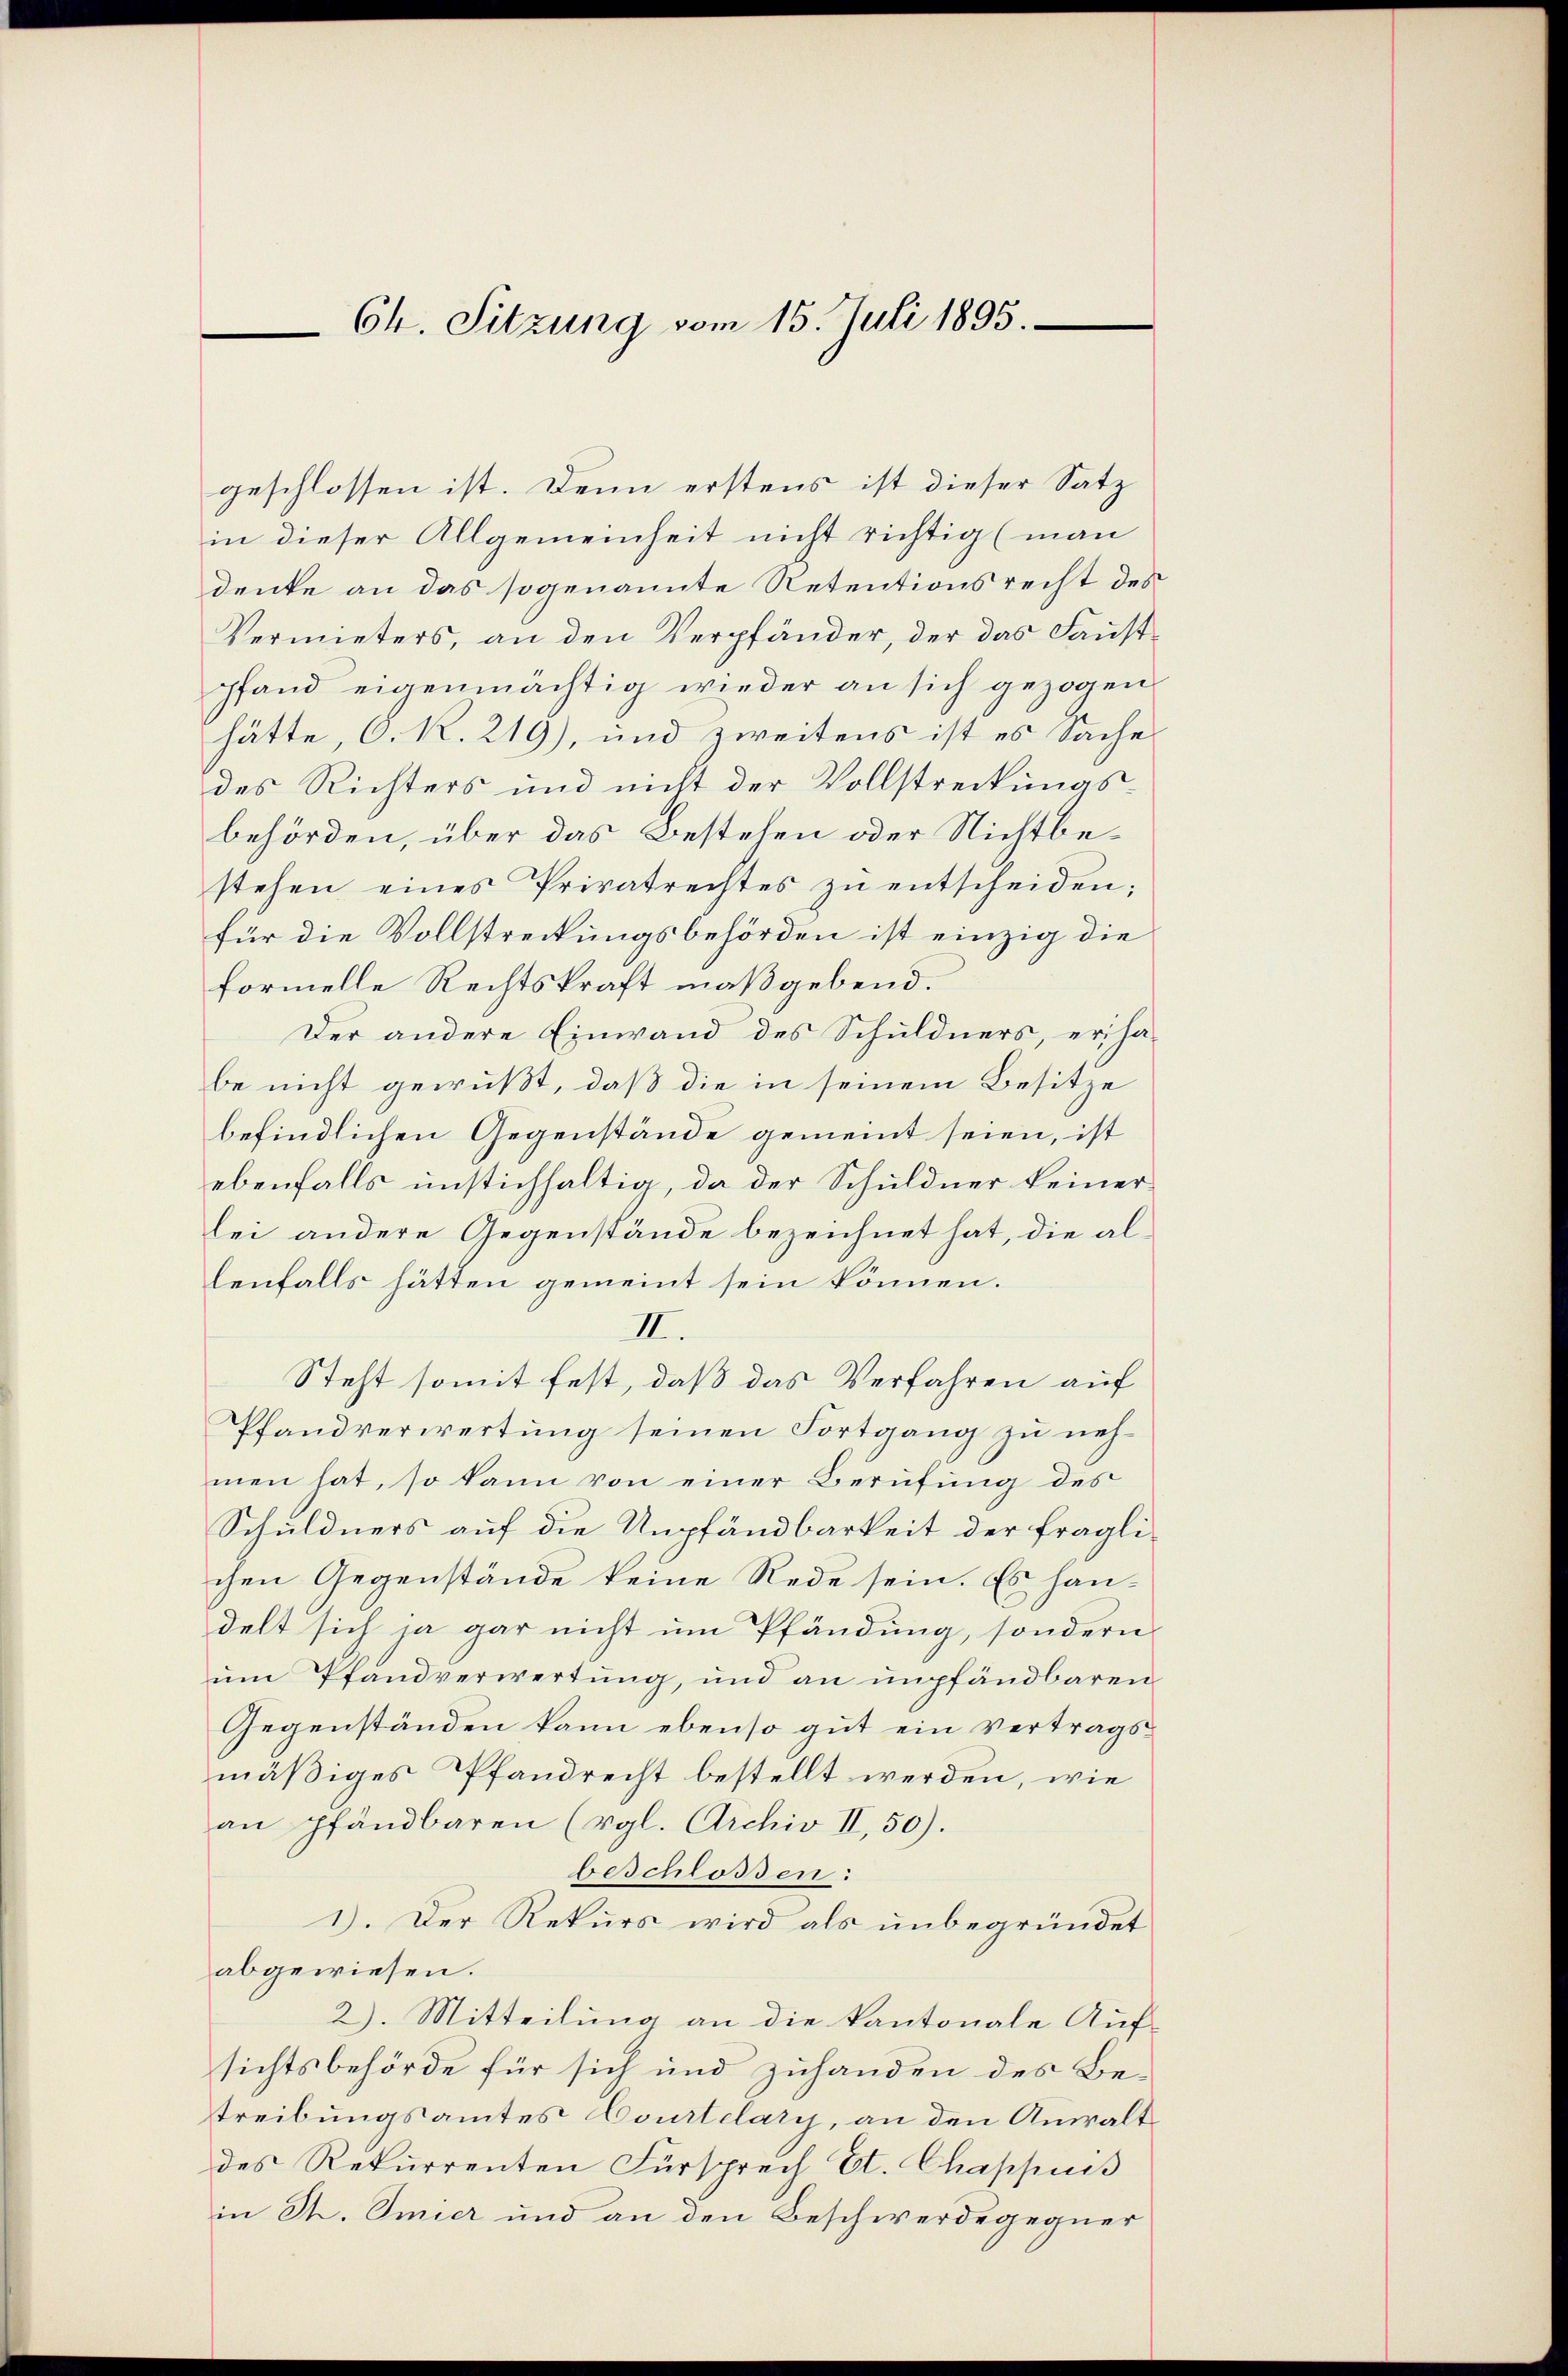
Ch. Sitzung vom 15. Juli 1895.

geschlossen ist. Denn erstens ist dieser Satz
in dieser Allgemeinheit nicht richtig (man
denke an das sogenannte Retentionsrecht des
Vermieters, an den Verpfänder, der das Faustpfand eigenmächtig wieder an sich gezogen
hätte, C. R. 219), und zweitens ist es Sache
des Richters und nicht der Vollstreckungsbehörden, über das Bestehen oder Nichtbestehen eines Privatrechtes zŭ entscheiden;
für die Vollstreckungsbehörden ist einzig die
formelle Rechtskraft maßgebend.
Der andere Einwand des Schuldners, erhabe nicht gewußt, daß die in seinem Besitze
befindlichen Gegenstände gemeint seien, ist
ebenfalls unstichfaltig, da der Schuldner keiner-
lei andere Gegenstände bezeichnet hat, die aldenfalls hätten gemeint sein können.
II.
Steht somit fest, daß das Verfahren auf
Pfandverwertung seinen Fortgang zu nehmen hat, so kann von einer Berufung des
Schuldners auf die Ampfändbarkeit der fraglichen Gegenstände keine Rede sein. Es handelt sich ja gar nicht um Pfändung, sondern
um Pfandverwertung, und an upfändbaren
Gegenständen kann ebenso gut ein Vertragsmäßiges Pfandrecht bestellt werden, wie
an pfändbaren (vgl. Archiv II, 50).
beschlossen:
1). Der Rekurs wird als unbegründet
abgewiesen.
2). Mitteilung an die kantonale Auf-
sichtsbehörde für sich und zuhanden des Betreibungsamtes Courtelary, an den Anwalt
des Rekurrenten Fürsprech Et. Chappuis
in Th. Omier und an den Beschwerdegegner